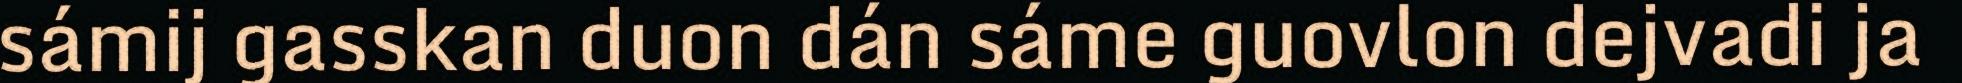
sámij gasskan duon dán sáme guovlon dejvadi ja